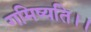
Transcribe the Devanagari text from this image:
गमिष्यति।।